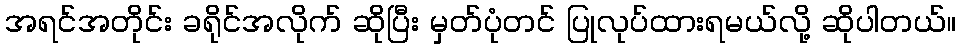
အရင်အတိုင်း ခရိုင်အလိုက် ဆိုပြီး မှတ်ပုံတင် ပြုလုပ်ထားရမယ်လို့ ဆိုပါတယ်။